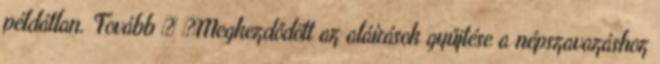
példátlan. Tovább › ›Megkezdődött az aláírások gyűjtése a népszavazáshoz